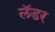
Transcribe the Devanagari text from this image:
लॅडर